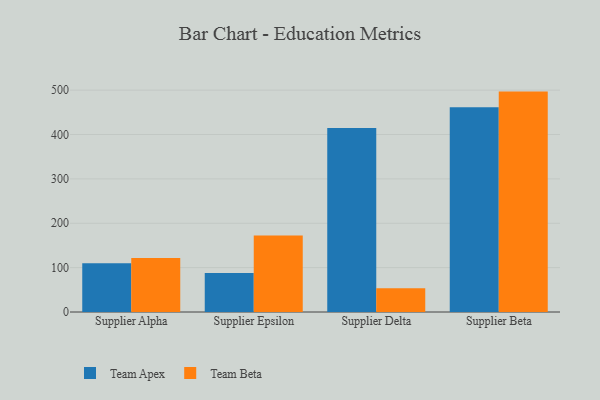
{"axis": {"x": "Supplier", "y": "Inventory Turnover"}, "legend": ["Team Apex", "Team Beta"], "data": [{"x": "Supplier Alpha", "y": 110.0, "type": "Team Apex"}, {"x": "Supplier Alpha", "y": 121.8, "type": "Team Beta"}, {"x": "Supplier Epsilon", "y": 87.7, "type": "Team Apex"}, {"x": "Supplier Epsilon", "y": 172.2, "type": "Team Beta"}, {"x": "Supplier Delta", "y": 414.5, "type": "Team Apex"}, {"x": "Supplier Delta", "y": 53.4, "type": "Team Beta"}, {"x": "Supplier Beta", "y": 461.3, "type": "Team Apex"}, {"x": "Supplier Beta", "y": 496.7, "type": "Team Beta"}]}